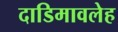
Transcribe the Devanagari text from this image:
दाडिमावलेह